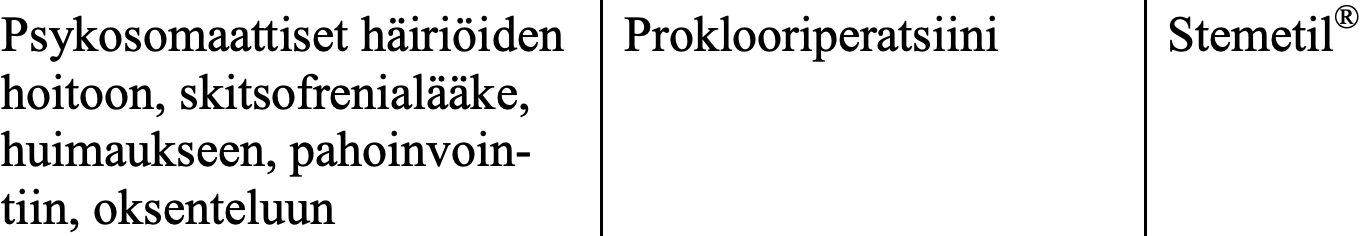
Psykosomaattiset häiriöiden Proklooriperatsiini Stemetil® hoitoon, skitsofrenialääke, huimaukseen, pahoinvoin- tiin, oksenteluun